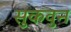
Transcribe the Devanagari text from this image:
सुकवुन